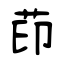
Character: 茚